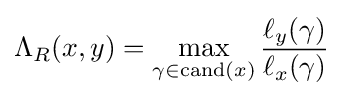
\Lambda _{R}(x,y)=\max _{\gamma \in \operatorname {cand} (x)}{\frac {\ell _{y}(\gamma )}{\ell _{x}(\gamma )}}